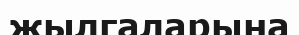
жылгаларына